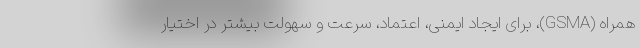
همراه (GSMA)، برای ایجاد ایمنی، اعتماد، سرعت و سهولت بیشتر در اختیار